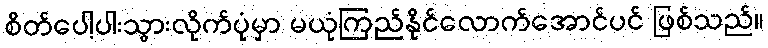
စိတ်ပေါ့ပါးသွားလိုက်ပုံမှာ မယုံကြည်နိုင်လောက်အောင်ပင် ဖြစ်သည်။